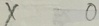
x 0